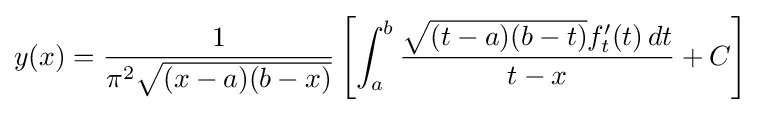
y(x)={\frac {1}{\pi ^{2}{\sqrt {(x-a)(b-x)}}}}\left[\int _{a}^{b}{\frac {{\sqrt {(t-a)(b-t)}}f'_{t}(t)\,dt}{t-x}}+C\right]